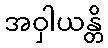
အဝှါယန္တိ